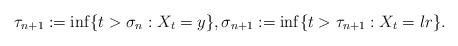
LaTeX: \begin{align*}\tau_{n+1}:=\inf\{t>\sigma_n: X_t=y\},\sigma_{n+1}:=\inf\{t>\tau_{n+1}: X_t=l r\}. \end{align*}